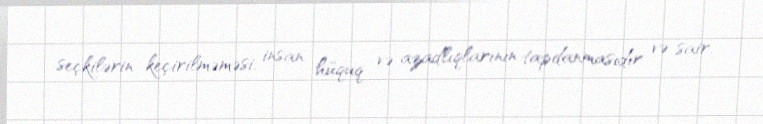
seçkilərin keçirilməməsi, insan hüquq və azadlıqlarının tapdanmasıdır və sair.